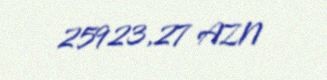
25923,27 AZN